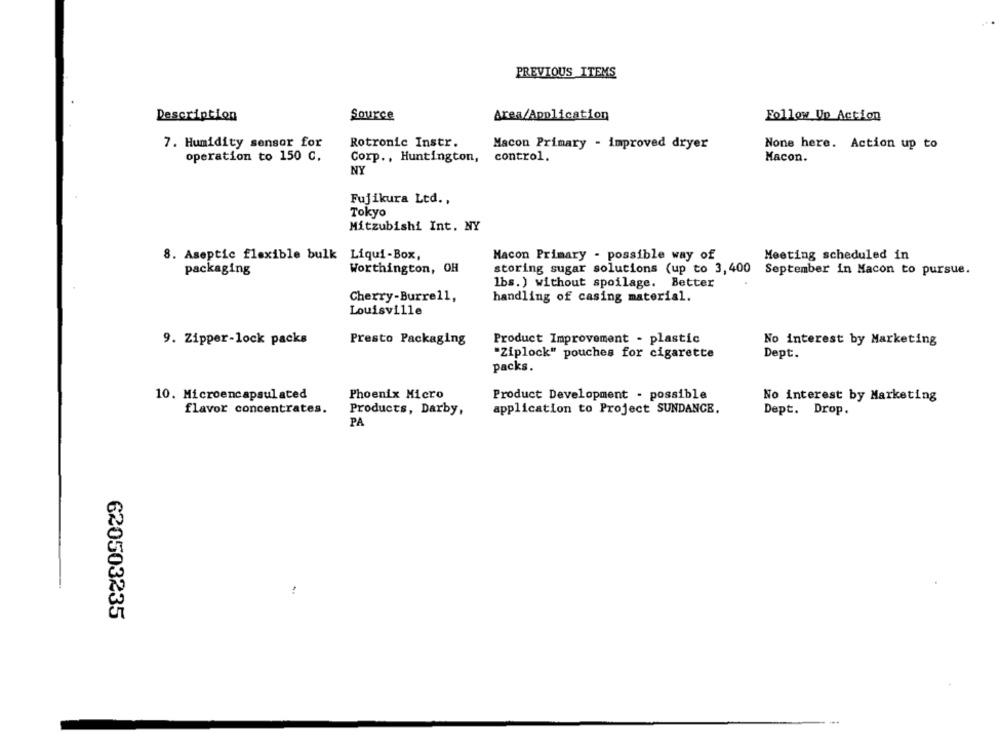
PREVIOUS ITEMS
Description
Source
Area/Application
Follow Up Action
Rotronic Instr.
7. Humidity sensor for
Macon Primary - improved dryer
None here. Action up to
operation to 150 C.
Corp ., Huntington,
control.
Macon.
NY
Fujikura Ltd .,
Tokyo
Mitzubishi Int. NY
8. Aseptic flexible bulk Liqui-Box,
Macon Primary - possible way of
Meeting scheduled in
Worthington, OH
storing sugar solutions (up to 3,400
September in Macon to pursue.
packaging
lbs.) without spoilage. Better
Cherry-Burrell,
handling of casing material.
Louisville
9. Zipper-lock packs
Presto Packaging
Product Improvement - plastic
No interest by Marketing
"Ziplock" pouches for cigarette
Dept.
packs.
10. Microencapsulated
Phoenix Micro
Product Development - possible
No interest by Marketing
flavor concentrates.
Products, Darby,
application to Project SUNDANCE.
Dept. Drop.
PA
:
620503235